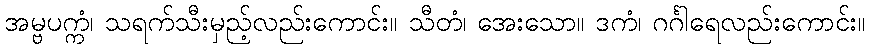
အမ္ဗပက္ကံ၊ သရက်သီးမှည့်လည်းကောင်း။ သီတံ၊ အေးသော။ ဒကံ၊ ဂင်္ဂါရေလည်းကောင်း။